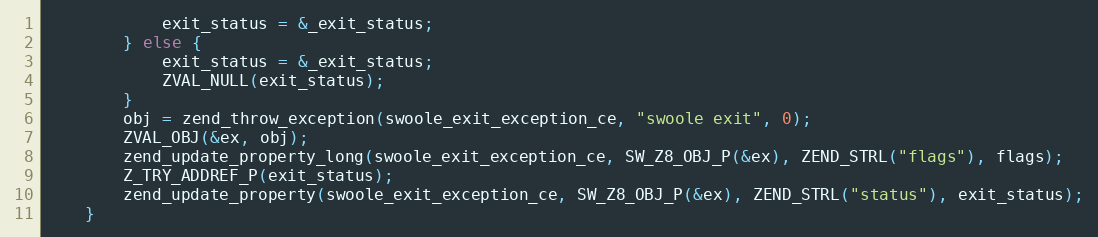
Language: C++
            exit_status = &_exit_status;
        } else {
            exit_status = &_exit_status;
            ZVAL_NULL(exit_status);
        }
        obj = zend_throw_exception(swoole_exit_exception_ce, "swoole exit", 0);
        ZVAL_OBJ(&ex, obj);
        zend_update_property_long(swoole_exit_exception_ce, SW_Z8_OBJ_P(&ex), ZEND_STRL("flags"), flags);
        Z_TRY_ADDREF_P(exit_status);
        zend_update_property(swoole_exit_exception_ce, SW_Z8_OBJ_P(&ex), ZEND_STRL("status"), exit_status);
    }